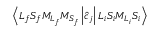
\ensuremath { \left\langle { L } _ { f } { S } _ { f } { M } _ { { L } _ { f } } { M } _ { { S } _ { f } } \left\lvert \hat { c } _ { j } \right\rvert { L } _ { i } { S } _ { i } { M } _ { { L } _ { i } } { S } _ { i } \right\rangle }